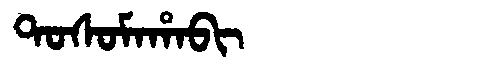
Manchu: ᡨᠣᠰᠣᠮᠠᡥᠠᠪᡳ
Romanization: TOSOMAHABI